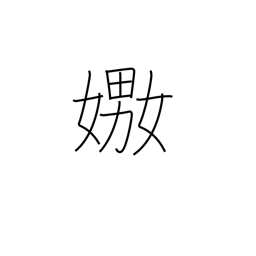
Meaning: play with